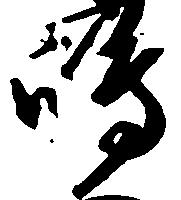
嶋